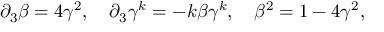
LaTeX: { \partial } _ { 3 } \beta = 4 { \gamma } ^ { 2 } , ~ ~ ~ { \partial } _ { 3 } { \gamma } ^ { k } = - k \beta { \gamma } ^ { k } , ~ ~ ~ { \beta } ^ { 2 } = 1 - 4 { \gamma } ^ { 2 } ,